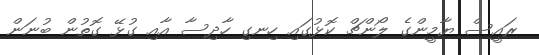
ރައީސް ޔާމީންގެ ލޯންޗް ކޮޅުގައި ހިނގި ހާދިސާ އާއި ގުޅޭ ގޮތުން ބުނަން